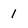
Character: 1